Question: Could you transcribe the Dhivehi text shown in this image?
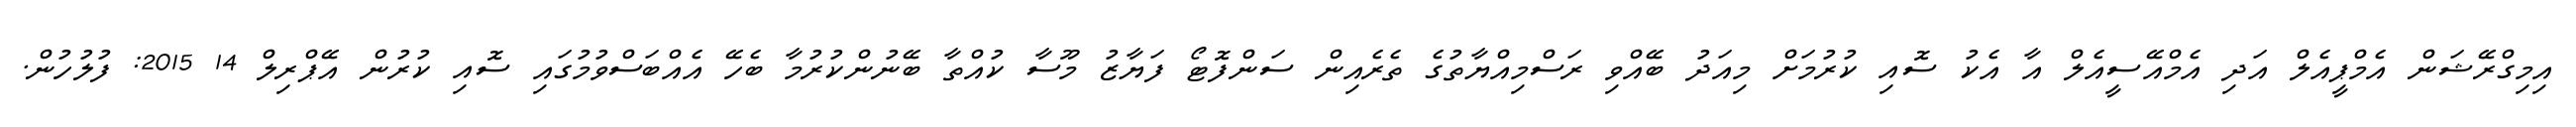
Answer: އިމިގްރޭޝަން އެމްޕީއެލް އަދި އެމްއޭސީއެލް އާ އެކު ސޮއި ކުރުމަށް މިއަދު ބޭއްވި ރަސްމިއްޔާތުގެ ތެރެއިން ސަންފޮޓޯ ފަޔާޒު މޫސާ ކުއްތާ ބޭނުންކުރުމާ ބެހޭ އެއްބަސްވުމުގައި ސޮއި ކުރުން އޭޕްރިލް 14 2015: ފުލުހުން.